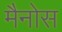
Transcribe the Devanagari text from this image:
मैनोस